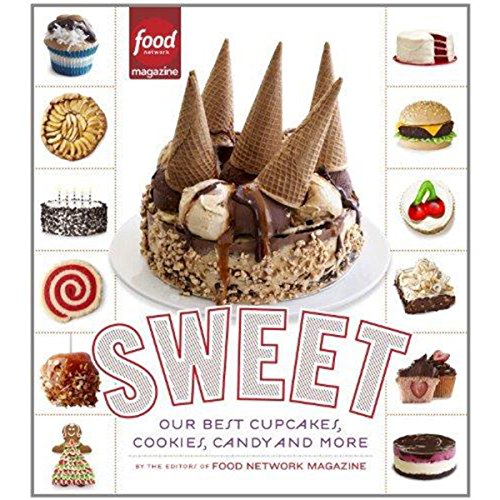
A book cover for Sweet: Our Best Cupcakes, Cookies, Candy, and More; Editors of Food Network Magazine; Cookbooks, Food & Wine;